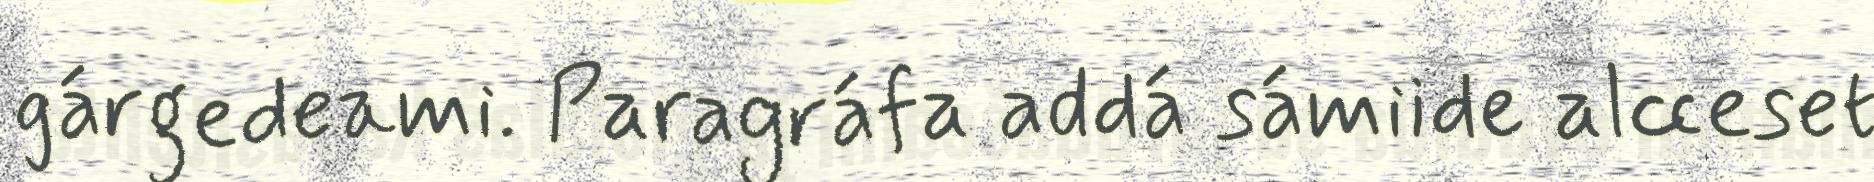
gárgedeami. Paragráfa addá sámiide alcceset